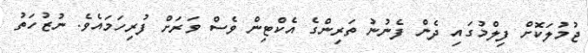
ޖުމުލަކޮށް ފިލްމުގައި ދެން ފެނުނު ތަރިންގެ އެކްޓިން ވެސް ވަރަށް ފުރިހަމައެވެ. ނުޒުހަތު